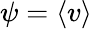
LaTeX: \psi=\langle v\rangle